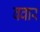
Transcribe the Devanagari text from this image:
बवार